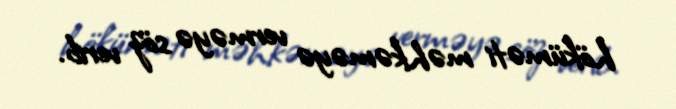
höküməti məhkəməyə verməyə söz verib.